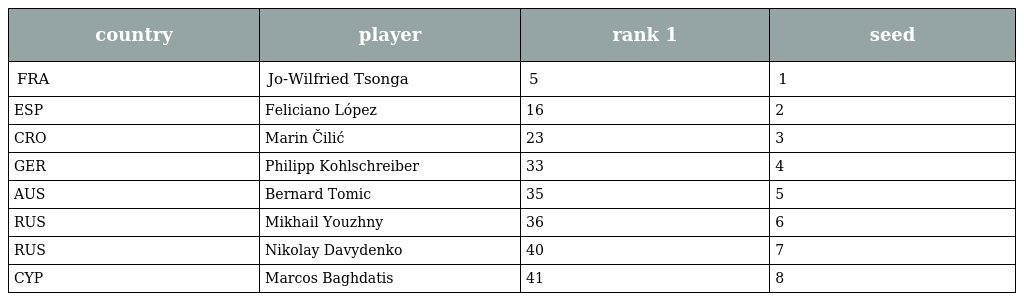
| country | player | rank 1 | seed |
 | --- | --- | --- | --- |
 | FRA | Jo-Wilfried Tsonga | 5 | 1 |
 | ESP | Feliciano López | 16 | 2 |
 | CRO | Marin Čilić | 23 | 3 |
 | GER | Philipp Kohlschreiber | 33 | 4 |
 | AUS | Bernard Tomic | 35 | 5 |
 | RUS | Mikhail Youzhny | 36 | 6 |
 | RUS | Nikolay Davydenko | 40 | 7 |
 | CYP | Marcos Baghdatis | 41 | 8 |